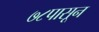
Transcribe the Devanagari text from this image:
७८पासून